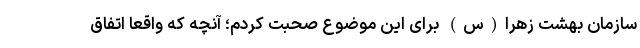
سازمان بهشت زهرا(س) برای این موضوع صحبت کردم؛ آنچه که واقعا اتفاق